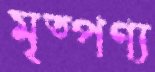
মৃত্পণ্য